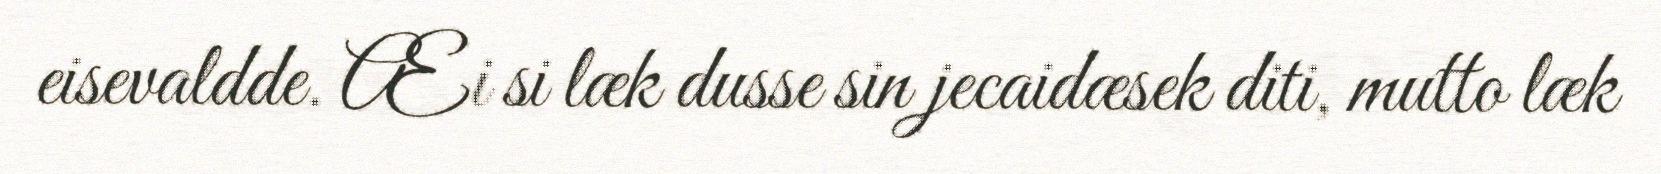
eisevaldde. Æi si læk dusse sin jecaidæsek diti, mutto læk